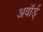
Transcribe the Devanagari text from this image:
अवॉर्ड्